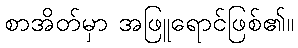
စာအိတ်မှာ အဖြူရောင်ဖြစ်၏။